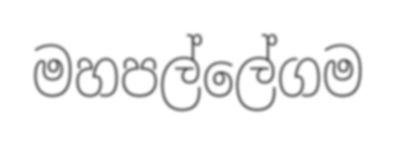
මහපල්ලේගම